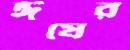
ঈষের